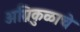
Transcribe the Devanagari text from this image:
अग्निकुळाचे